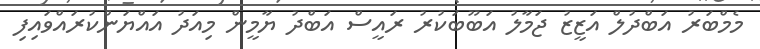
މެމްބަރު އަބްދުލް އަޒީޒު ޖަމާލު އަބޫބަކުރު ރައީސް އަބްދު ޔާމީން މިއަދު އައްޔަންކުރައްވައިފި